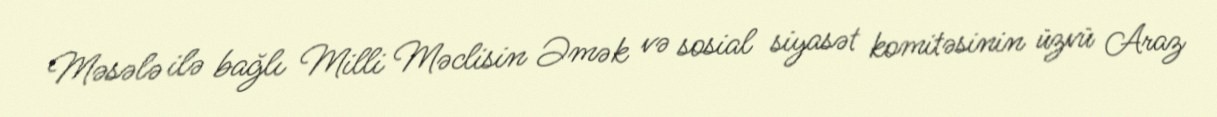
Məsələ ilə bağlı Milli Məclisin Əmək və sosial siyasət komitəsinin üzvü Araz